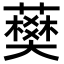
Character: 𧀭